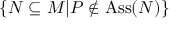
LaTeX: \{ N \subseteq M | P \not \in \operatorname { A s s } ( N ) \}